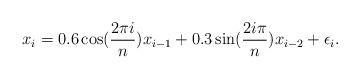
LaTeX: \begin{align*}x_i=0.6\cos(\frac{2\pi i}{n})x_{i-1}+0.3\sin(\frac{2i\pi}{n})x_{i-2}+\epsilon_i.\end{align*}